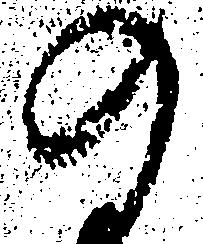
の